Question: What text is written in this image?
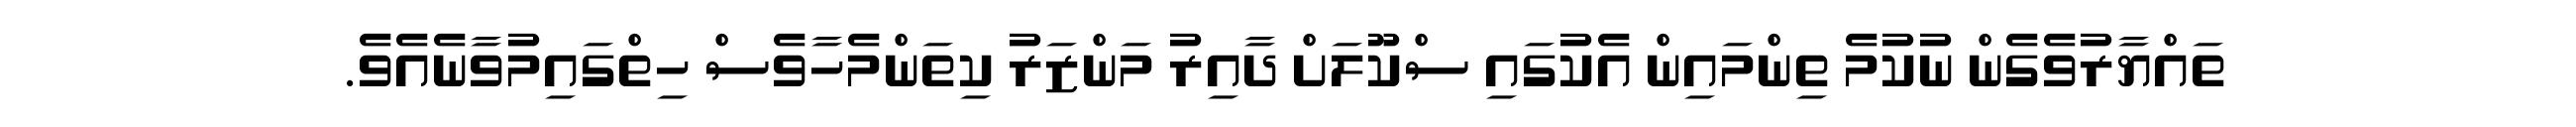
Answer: ތައްޔާރުވެގެން ނުކުމެ ތިންމައިން އެކުގައި ސްކޫލަށް ދާއިރު މަންޒަރު ކިތަންމެހާވެސް ހިތްގައިމުވާނެއެވެ.